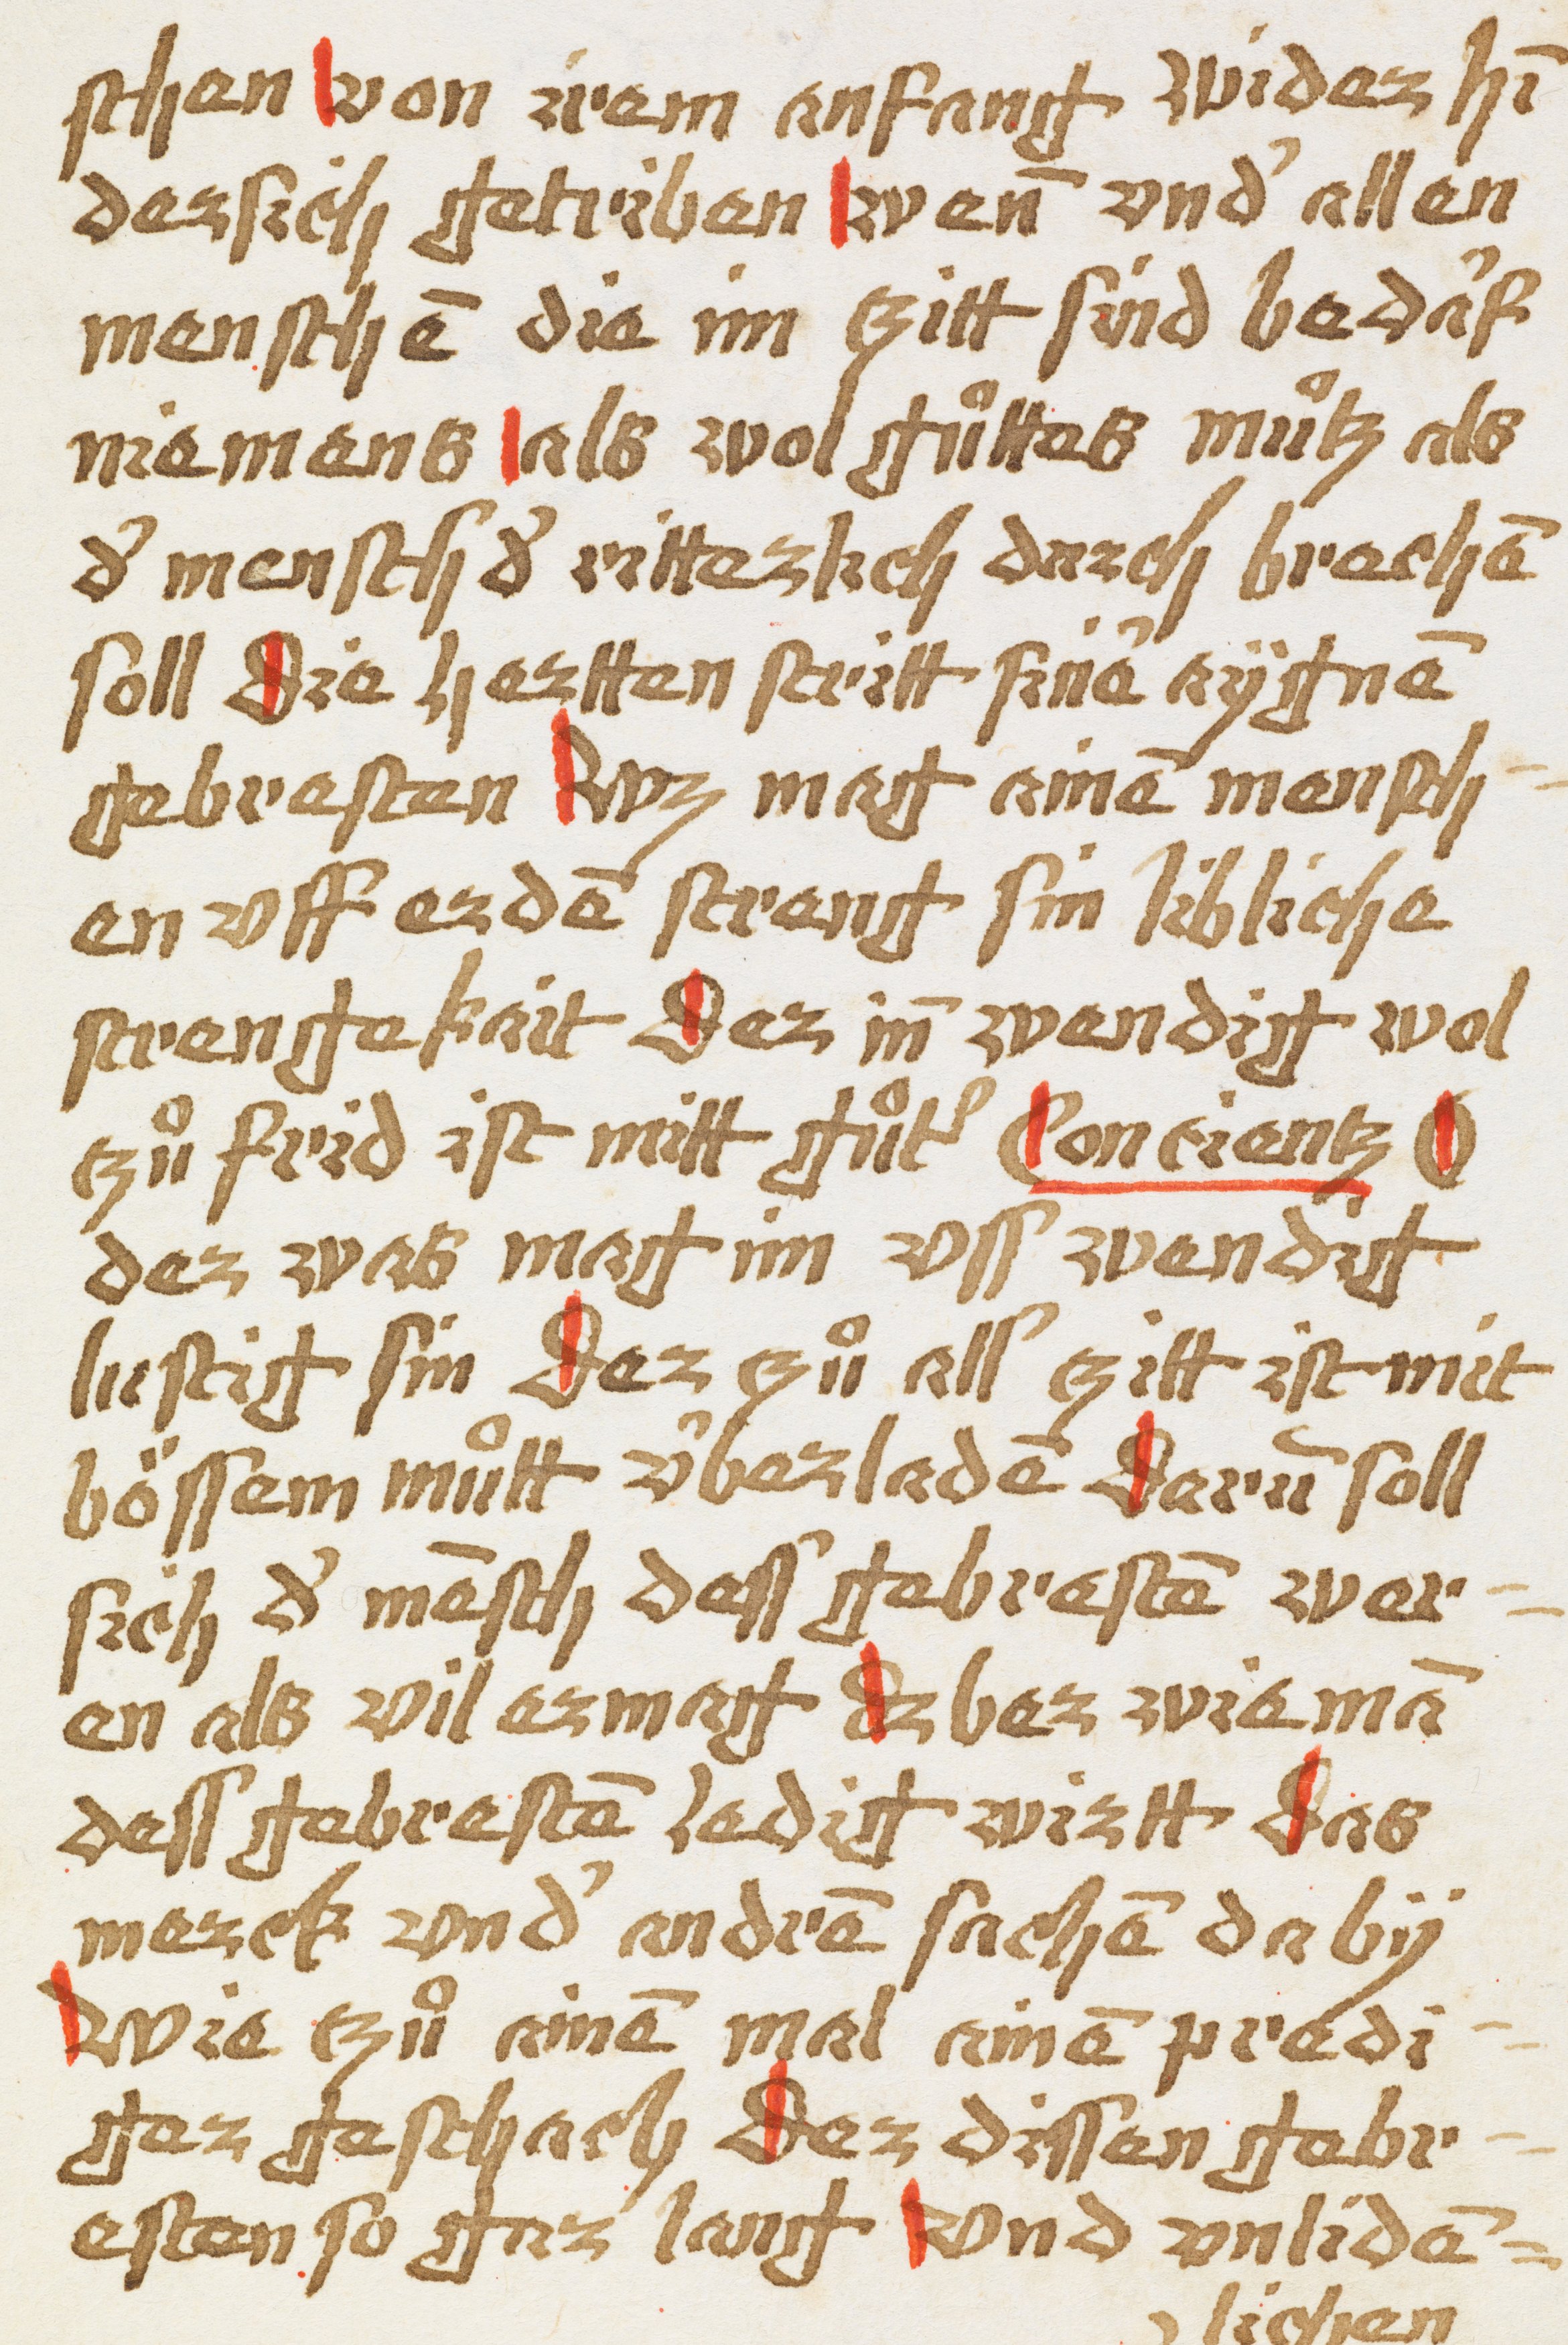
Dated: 1450–1499